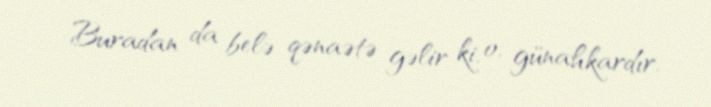
Buradan da belə qənaətə gəlir ki, o, günahkardır.